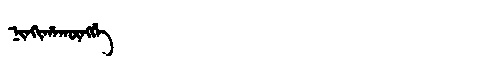
Manchu: ᠨᡳᠨᡴᡳᡥᠠᡴᡡᠩᡤᡝ
Romanization: NINKIHAKŪNGGE